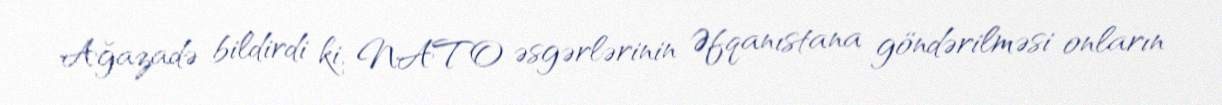
Ağazadə bildirdi ki, NATO əsgərlərinin Əfqanıstana göndərilməsi onların